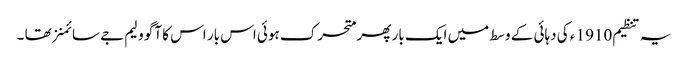
یہ تنظیم 1910 ء کی دہائی کے وسط میں ایک بار پھر متحرک ہوئی اس بار اس کا آگو ولیم جے سائمنز تھا ۔